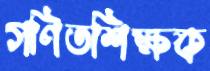
গণিতশিক্ষক